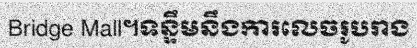
Bridge Mall។ទន្ទឹមនឹងការលេចរូបរាង